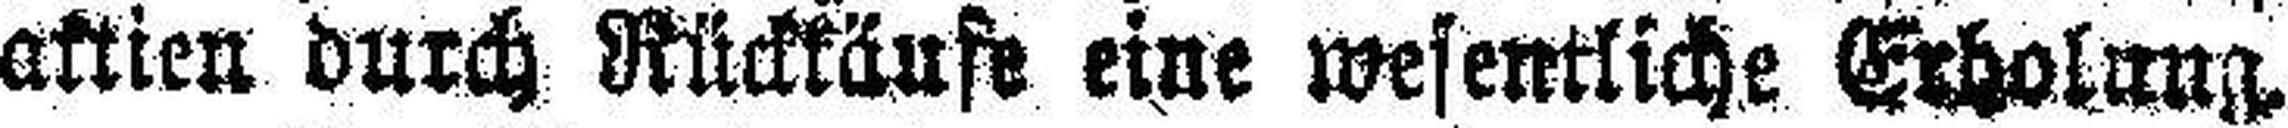
aktien durch Rückkäufe eine wesentliche Erholung.